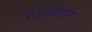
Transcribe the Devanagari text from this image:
मैडोलैंड्स